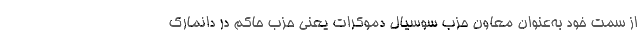
از سمت خود به‌عنوان معاون حزب سوسیال دموکرات یعنی حزب حاکم در دانمارک